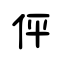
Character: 伻